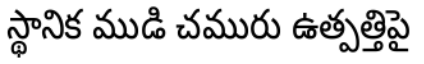
స్థానిక ముడి చమురు ఉత్పత్తిపై